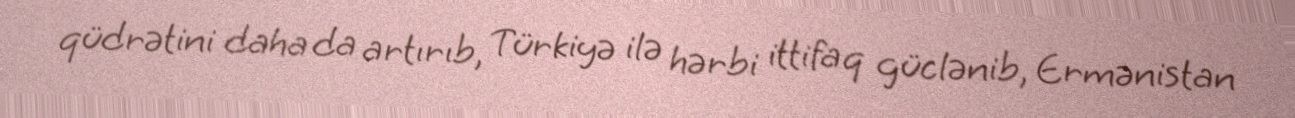
qüdrətini daha da artırıb, Türkiyə ilə hərbi ittifaq güclənib, Ermənistan